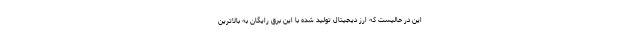
این در حالیست که ارز دیجیتال تولید شده با این برق رایگان به بالاترین